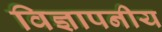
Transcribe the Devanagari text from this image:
विज्ञापनीय